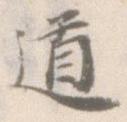
道